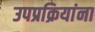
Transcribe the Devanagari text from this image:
उपप्रक्रियांना